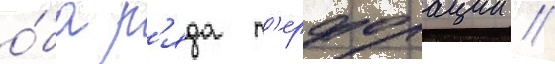
о́ба р'яда п'ерфорации //